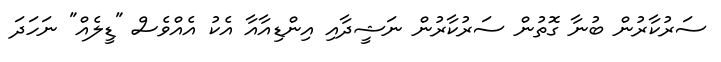
ސަރުކާރުން ބުނާ ގޮތުން ސަރުކާރުން ނަޝީދާއި އިންޑިއާއާ އެކު އެއްވެސް "ޑީލެއް" ނަހަދަ